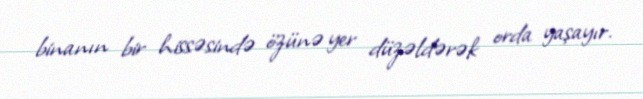
binanın bir hissəsində özünə yer düzəldərək orda yaşayır.